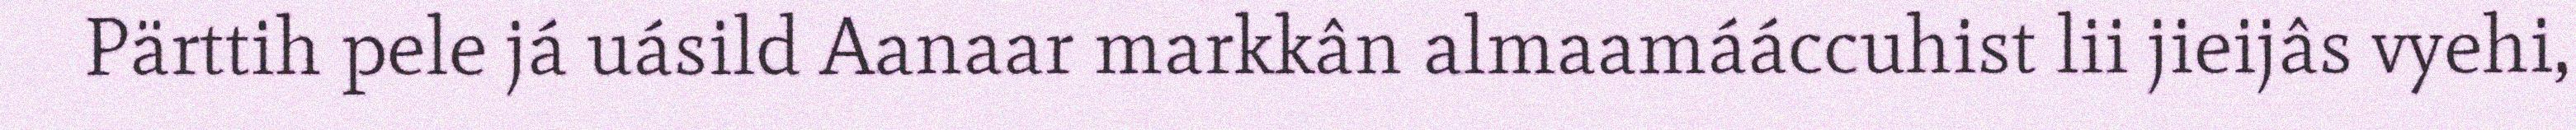
Pärttih pele já uásild Aanaar markkân almaamááccuhist lii jieijâs vyehi,